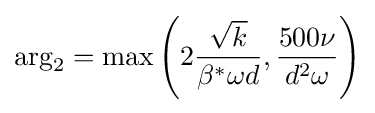
{\rm {arg}}_{2}={\rm {max}}\left(2{\frac {\sqrt {k}}{\beta ^{*}\omega d}},{\frac {500\nu }{d^{2}\omega }}\right)